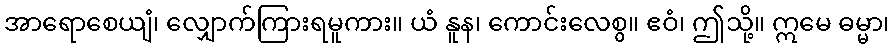
အာရောစေယျံ၊ လျှောက်ကြားရမူကား။ ယံ နူန၊ ကောင်းလေစွ။ ဧဝံ၊ ဤသို့။ ဣမေ ဓမ္မာ၊